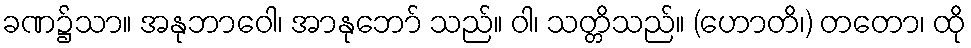
ခဏ၌သာ။ အနုဘာဝေါ၊ အာနုဘော် သည်။ ဝါ၊ သတ္တိသည်။ (ဟောတိ၊) တတော၊ ထို